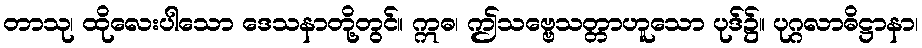
တာသု၊ ထိုလေးပါသော ဒေသနာတို့တွင်။ ဣဓ၊ ဤသဗ္ဗေသတ္တာဟူသော ပုဒ်၌။ ပုဂ္ဂလာဓိဋ္ဌာနာ၊